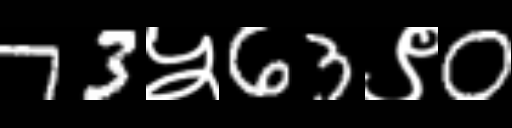
Text: 73५63९0